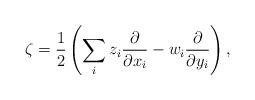
LaTeX: \begin{align*} \zeta=\frac{1}{2}\left(\sum_i z_i\frac{\partial}{\partial x_i}- w_i\frac{\partial}{\partial y_i}\right),\end{align*}